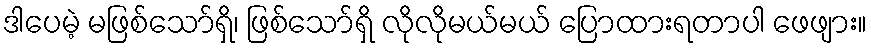
ဒါပေမဲ့ မဖြစ်သော်ရှိ၊ ဖြစ်သော်ရှိ လိုလိုမယ်မယ် ပြောထားရတာပါ ဖေဖျား။